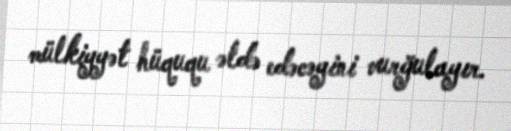
mülkiyyət hüququ əldə edəcəyini vurğulayır.